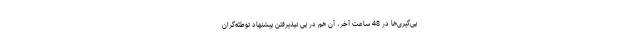
پی‌گیری‌ها در 48 ساعت آخر، آن هم در پیِ نپذیرفتنِ پیشنهاد توطئه‌گران